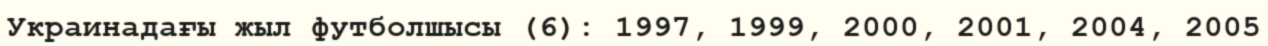
Украинадағы жыл футболшысы (6): 1997, 1999, 2000, 2001, 2004, 2005